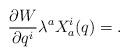
LaTeX: \begin{align*} \frac{\partial W}{\partial q^i} \lambda^a X_a^i(q)=. \end{align*}